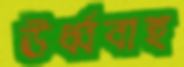
ঊর্ধ্ববাহু